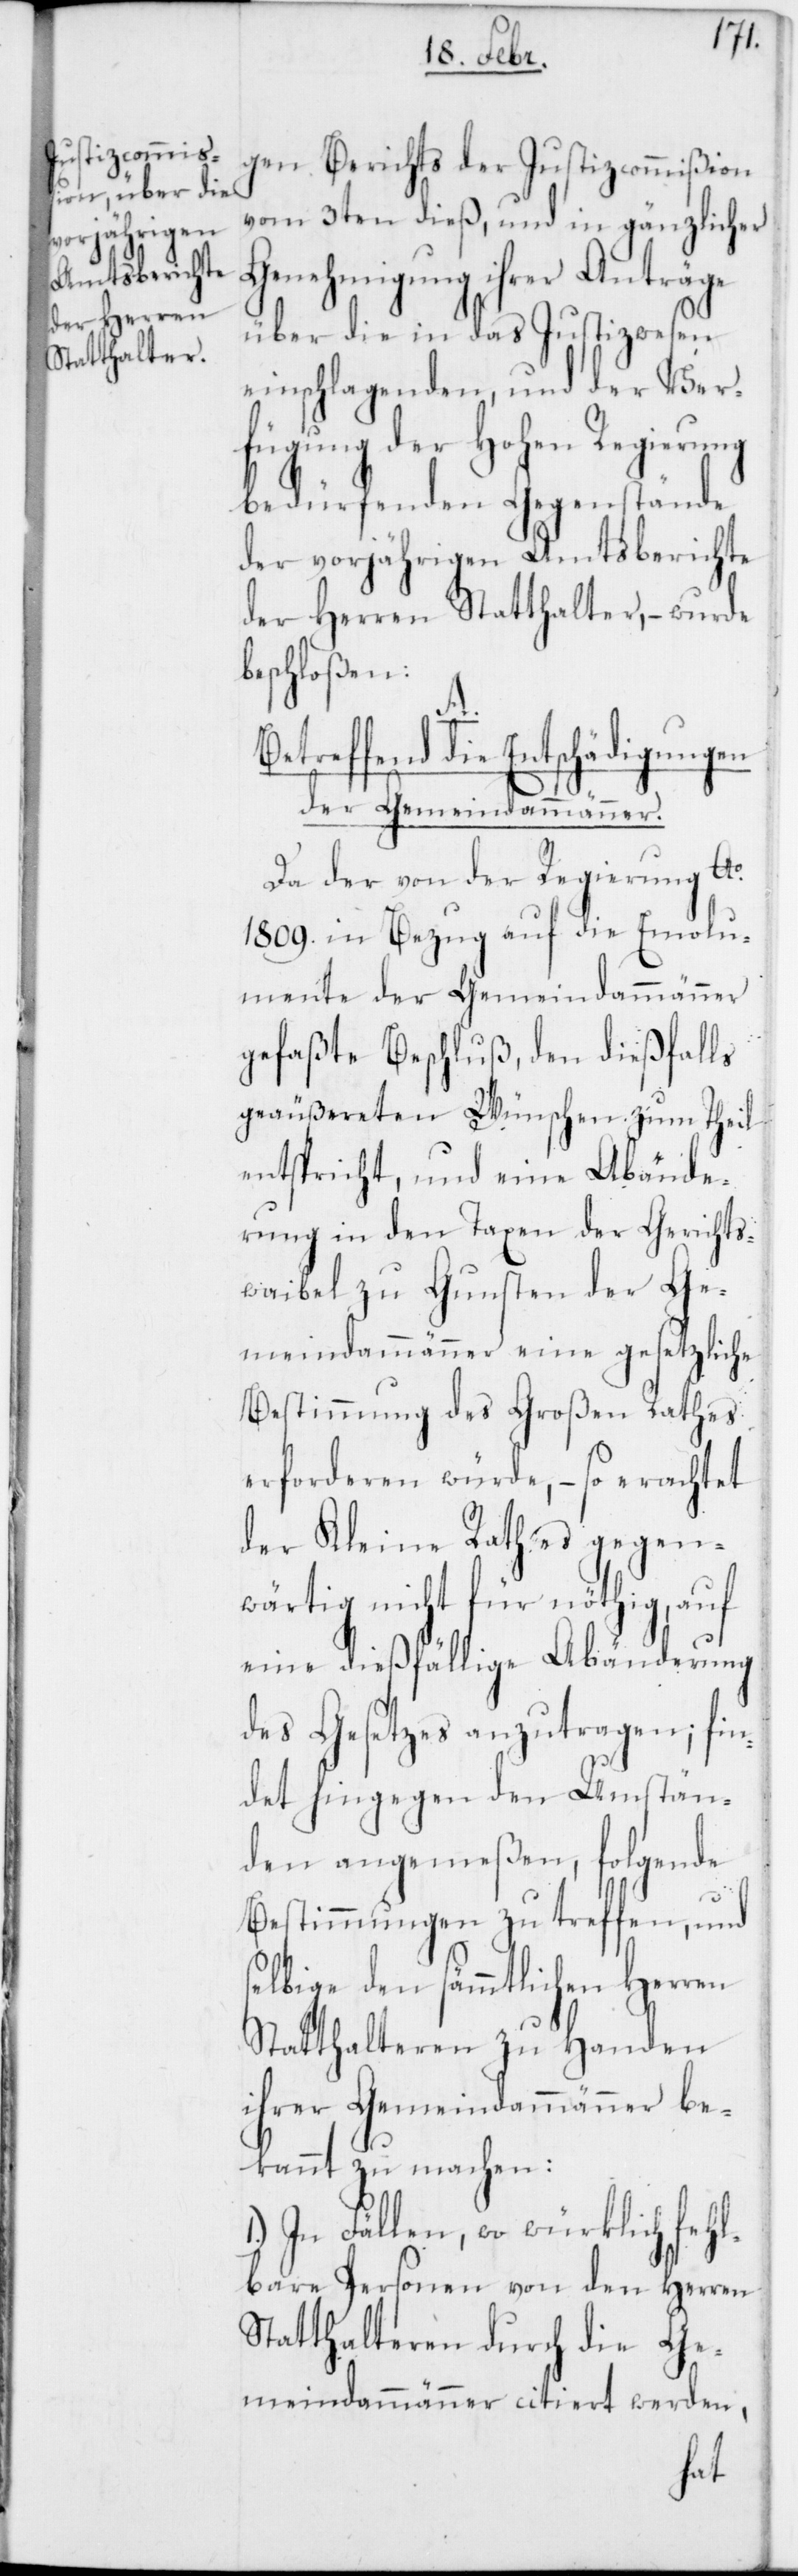
gen Berichts der Justizcommißion
vom 3ten dieß, und in gänzlicher
Genehmigung ihrer Anträge
über die in das Justizwesen
einschlagenden, und der Ver¬
fügung der Hohen Regierung
bedürfenden Gegenstände
der vorjährigen Amtsberichte
der Herren Statthalter, – wurde
beschloßen:
reffend die Entschädigungen
der Gemeindammänner.
Da der von der Regierung Ao.
1809. in Bezug auf die Emolu¬
mente der Gemeindammänner
gefaßte Beschluß, den dießfalls
geäußereten Wünschen zum Theil
entspricht, und eine Abände¬
rung in den Taxen der Gerichts¬
waibel zu Gunsten der Ge¬
meindammänner eine gesetzliche
Bestimmung des Großen Rathes
erforderen würde, – so erachtet
der Kleine Rath es gegen¬
wärtig nicht für nöthig, auf
eine dießfällige Abänderung
des Gesetzes anzutragen; fin¬
det hingegen den Umstän¬
den angemeßen, folgende
Bestimmungen zu treffen, und
selbige den sämmtlichen Herren
Statthalteren zu Handen
ihrer Gemeindammänner be¬
kannt zu machen:
In Fällen, wo würklich fehl¬
bare Personen von den Herren
Statthalteren durch die Ge¬
meindammänner citiert werden,
Bet¬